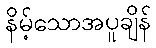
နိမ့်သောအပူချိန်